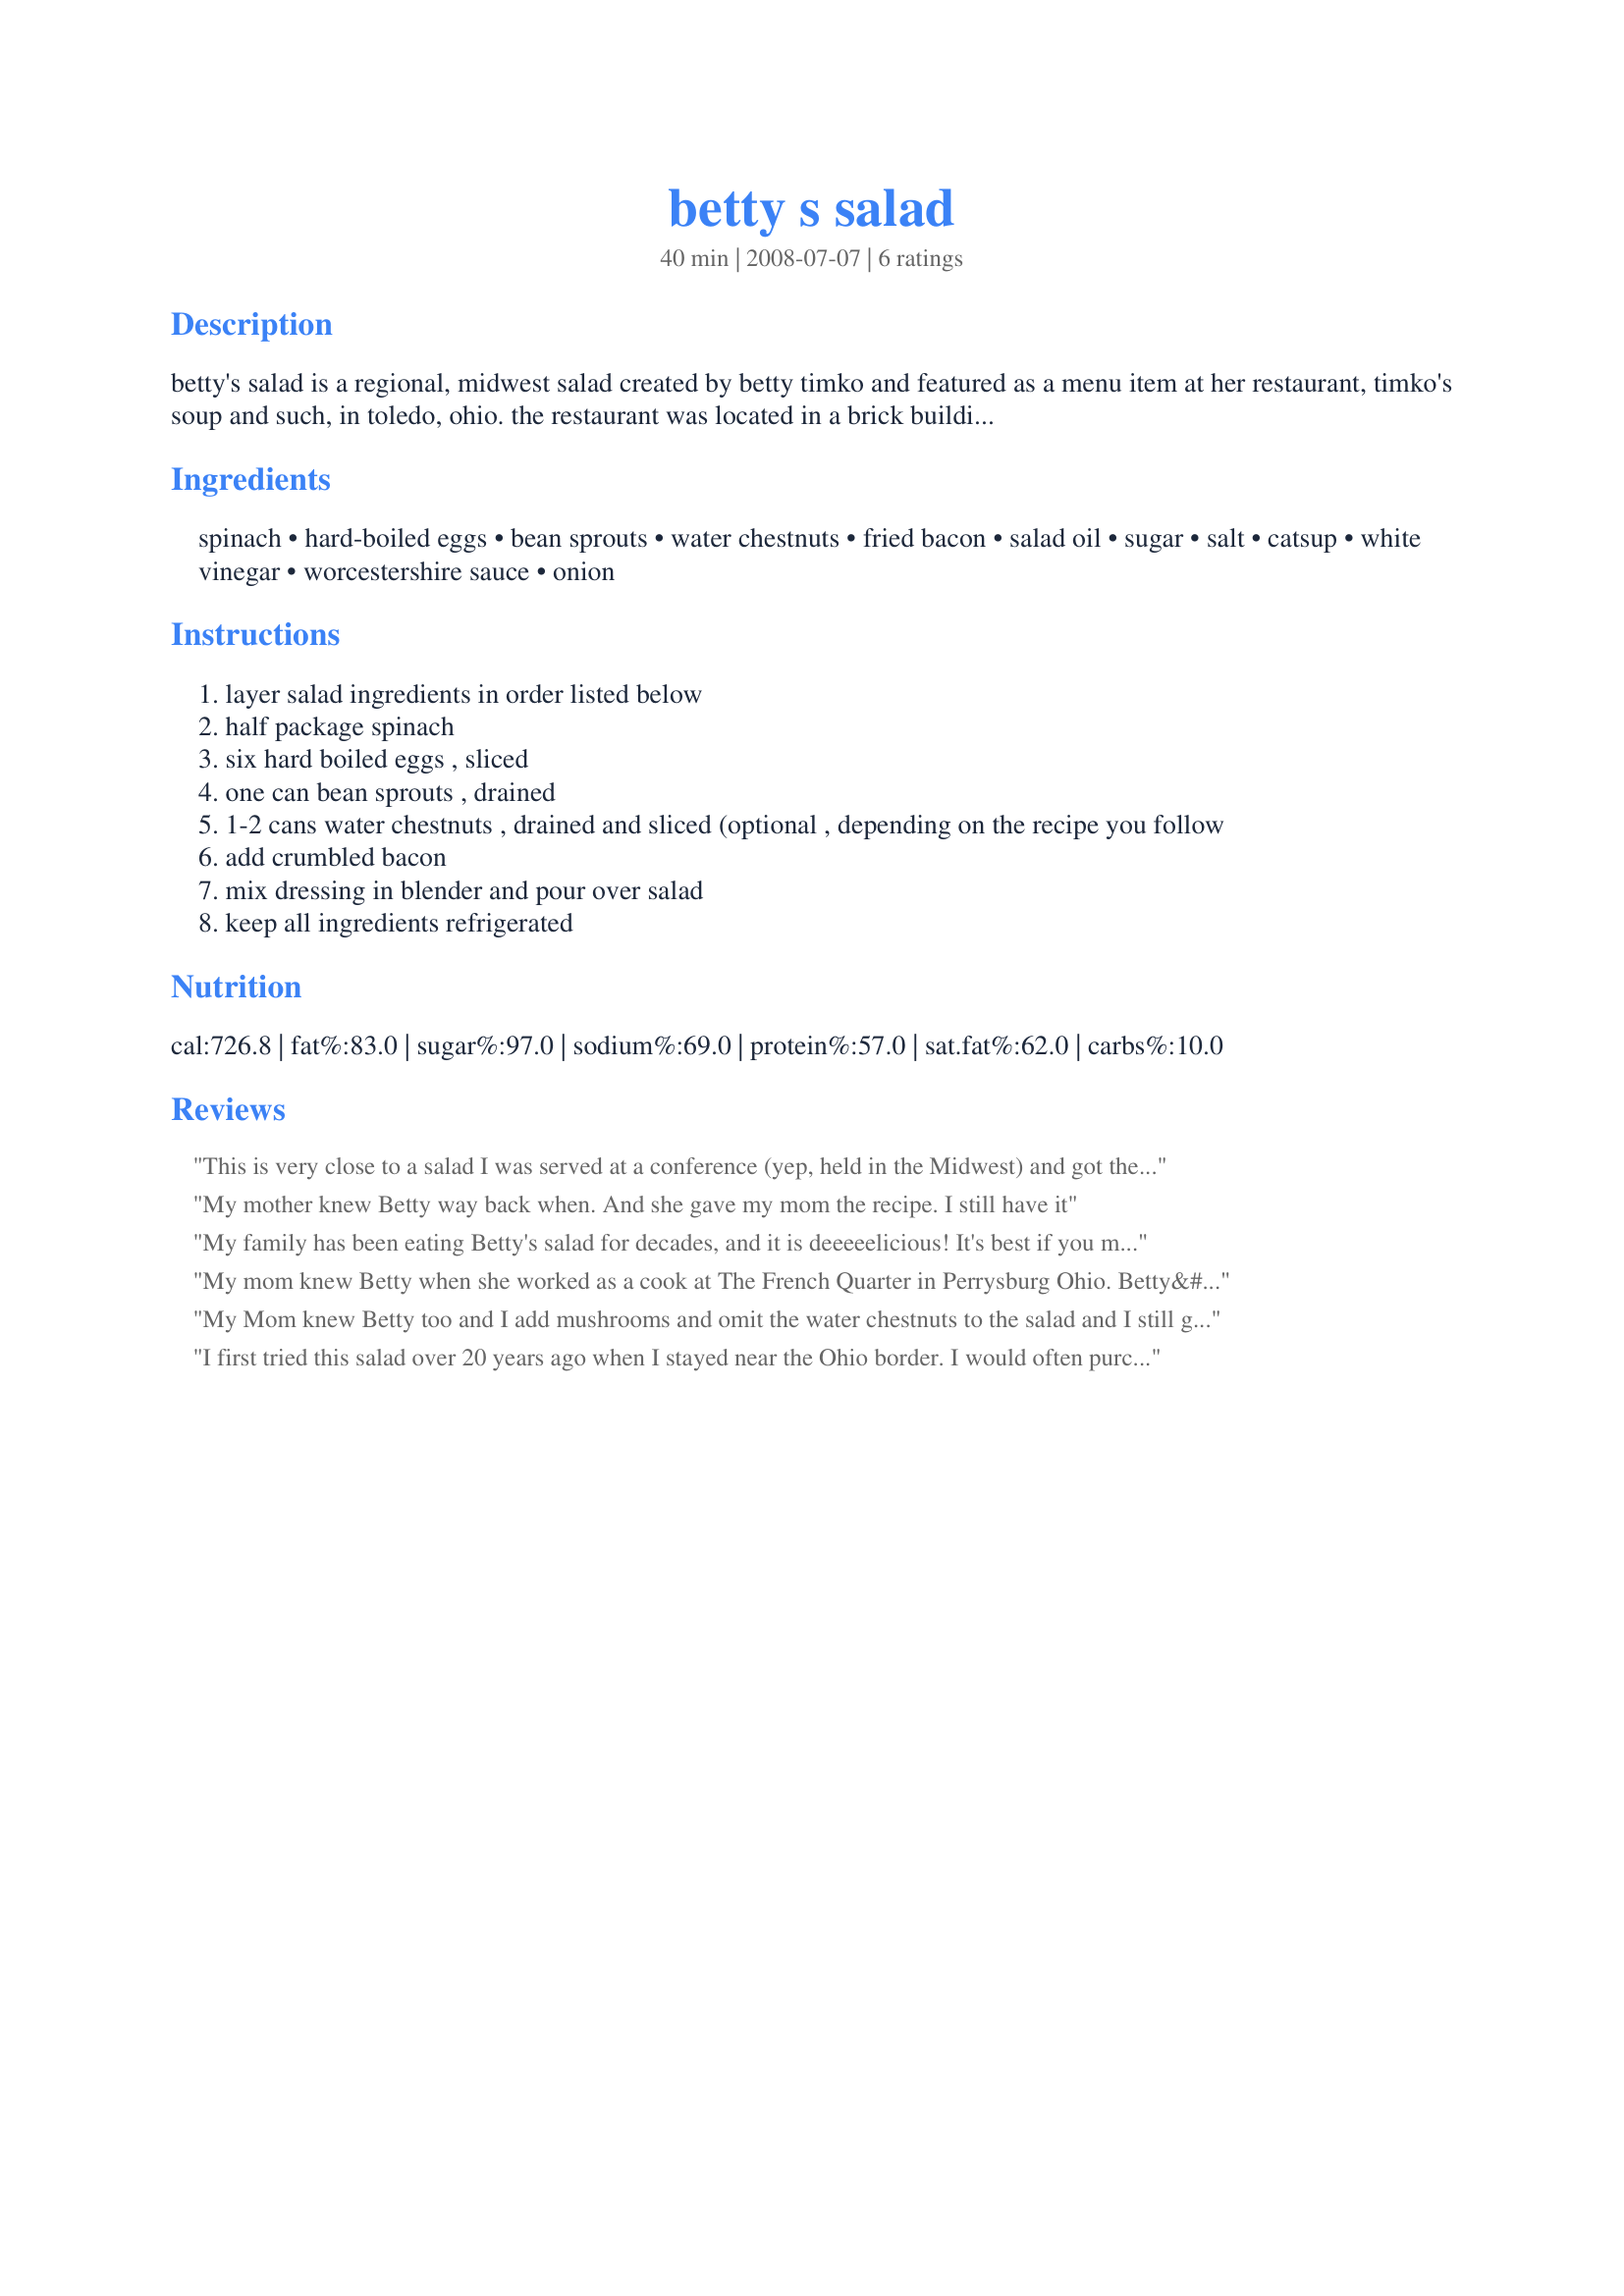
betty s salad
Preparation time: 40 minutes

betty's salad is a regional, midwest salad created by betty timko and featured as a menu item at her restaurant, timko's soup and such, in toledo, ohio. the restaurant was located in a brick building at the northwest corner of sylvania and douglas roads of the devaux village strip mall in west toledo. after betty died, the restaurant closed, and her signature salad dressing is still produced and distributed at regional grocery stores.

Ingredients:
spinach, hard-boiled eggs, bean sprouts, water chestnuts, fried bacon, salad oil, sugar, salt, catsup, white vinegar, worcestershire sauce, onion

Steps:
layer salad ingredients in order listed below
half package spinach
six hard boiled eggs , sliced
one can bean sprouts , drained
1-2 cans water chestnuts , drained and sliced (optional , depending on the recipe you follow
add crumbled bacon
mix dressing in blender and pour over salad
keep all ingredients refrigerated

Reviews:
This is very close to a salad I was served at a conference (yep, held in the Midwest) and got the recipe for since it was so good! Instead of water chestnuts, I use sliced mushrooms, and the salt is omitted from the dressing. Otherwise, it's spot-on... and so delicious! Thanks for posting!
My mother knew Betty way back when. And she gave my mom the recipe. I still have it
My family has been eating Betty's salad for decades, and it is deeeeelicious! It's best if you make the dressing one day ahead so the flavors "settle in". We're originally from Toledo, and my mom got the recipe from Betty herself. :o)
My mom knew Betty when she worked as a cook at The French Quarter in Perrysburg Ohio. Betty&#039;s 1st restaurant, &quot;TIMKOS SOUP &amp; SUCH&quot; was across the street from the hotel. Betty gave this recipe to my mom who in turn gave it to me in the early 70&#039;s. It was one of my first recipes and has been &quot;the&quot; dish I have to bring to all family gatherings.
My Mom knew Betty too and I add mushrooms and omit the water chestnuts to the salad and I still get my Betty dressing at Krogers
I first tried this salad over 20 years ago when I stayed near the Ohio border. I would often purchase the bottled dressing at a store called The Pharm. I have been using this Salad and dressing recipe for years now. It&#039;s one if my top 10 recipes.
